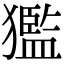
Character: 㺝